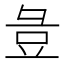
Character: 𭛏